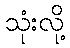
သုံးလို့